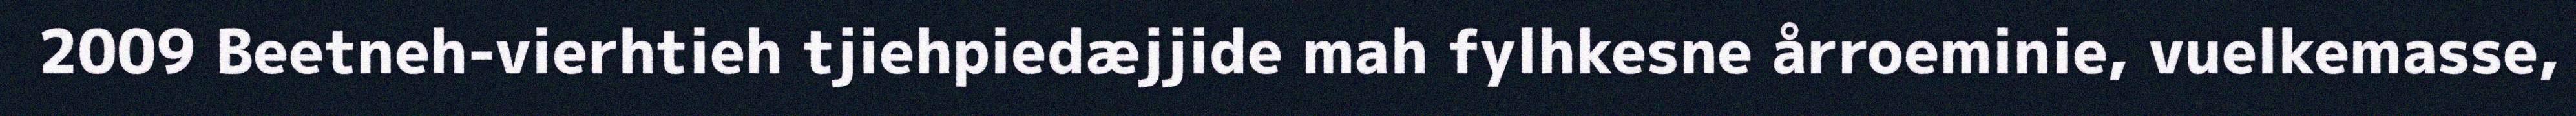
2009 Beetneh-vierhtieh tjiehpiedæjjide mah fylhkesne årroeminie, vuelkemasse,